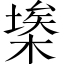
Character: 𣘂